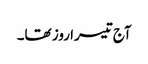
آج تیسرا روز تھا۔